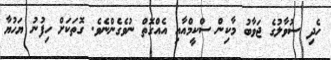
ހެދި ސުވާލުގެ ޖަވާބު މާކިން ސްކީމްއާއި އެއްގޮތް ނުވެގެންނެވެ. ގޮތަކަށް ހިފުނު ޔަހުޔާ